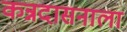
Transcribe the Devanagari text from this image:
कन्नदासनाला